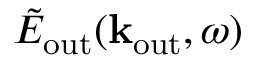
\tilde { E } _ { \mathrm { o u t } } ( { \bf k } _ { \mathrm { o u t } } , \omega )